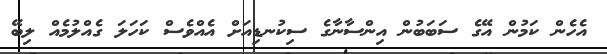
އެހެން ކަމުން އޭގެ ސަބަބުން އިންސާނާގެ ސިކުނޑިއަށް އެއްވެސް ކަހަލަަ ގެއްލުމެއް ލިބޭ